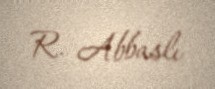
R. Abbaslı